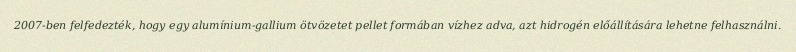
2007-ben felfedezték, hogy egy alumínium-gallium ötvözetet pellet formában vízhez adva, azt hidrogén előállítására lehetne felhasználni.